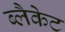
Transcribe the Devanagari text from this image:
ब्लैकेट